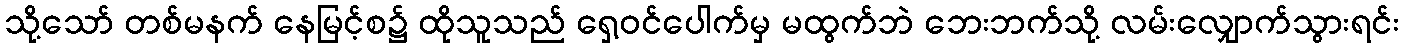
သို့သော် တစ်မနက် နေမြင့်စ၌ ထိုသူသည် ရှေ့ဝင်ပေါက်မှ မထွက်ဘဲ ဘေးဘက်သို့ လမ်းလျှောက်သွားရင်း